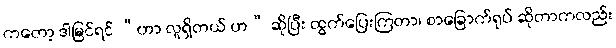
ကတော့ ဒါမြင်ရင် “ဟာ လူရှိတယ် ဟ” ဆိုပြီး ထွက်ပြေးကြတာ၊ စာခြောက်ရုပ် ဆိုတာကလည်း